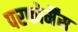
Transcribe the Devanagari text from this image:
परफोर्मैंस